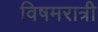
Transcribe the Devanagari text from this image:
विषमरात्री